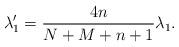
LaTeX: \begin{align*} \lambda _{1}^{\prime }=\frac{4n}{N+M+n+1}\lambda _{1}. \end{align*}